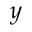
y